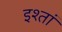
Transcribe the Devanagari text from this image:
इश्तां